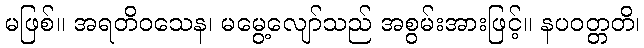
မဖြစ်။ အရတိဝသေန၊ မမွေ့လျော်သည် အစွမ်းအားဖြင့်။ နပဝတ္တတိ၊